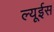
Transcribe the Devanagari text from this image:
ल्यूईस